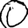
Digit: 0